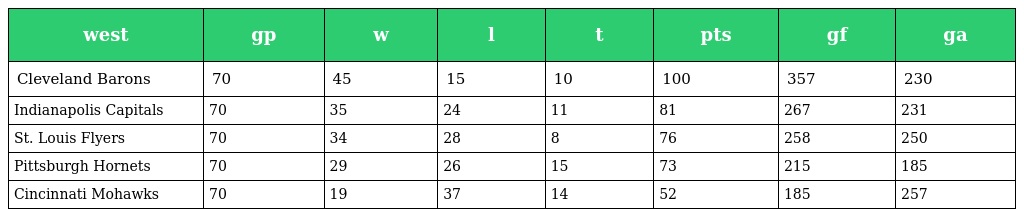
| west | gp | w | l | t | pts | gf | ga |
 | --- | --- | --- | --- | --- | --- | --- | --- |
 | Cleveland Barons | 70 | 45 | 15 | 10 | 100 | 357 | 230 |
 | Indianapolis Capitals | 70 | 35 | 24 | 11 | 81 | 267 | 231 |
 | St. Louis Flyers | 70 | 34 | 28 | 8 | 76 | 258 | 250 |
 | Pittsburgh Hornets | 70 | 29 | 26 | 15 | 73 | 215 | 185 |
 | Cincinnati Mohawks | 70 | 19 | 37 | 14 | 52 | 185 | 257 |